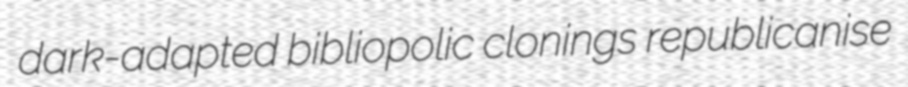
dark-adapted bibliopolic clonings republicanise